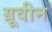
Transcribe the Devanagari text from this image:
ग्रूवीन